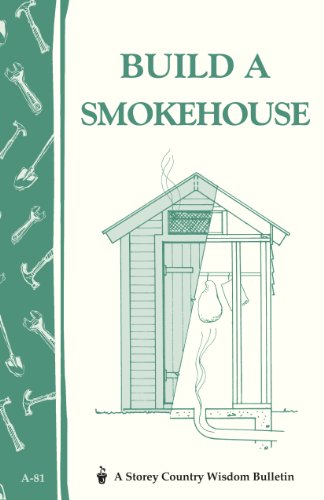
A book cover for Build a Smokehouse: Storey Country Wisdom Bulletin A-81; Ed Epstein; Cookbooks, Food & Wine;